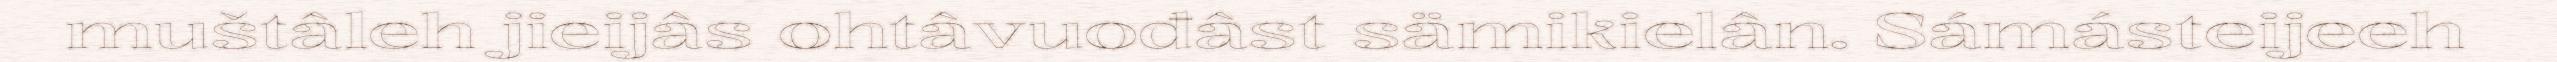
muštâleh jieijâs ohtâvuođâst sämikielân. Sámásteijeeh